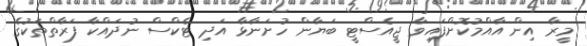
މީރާ އިން އާއްމުކޮށްފައިވާ ޖީއެސްޓީ ބަޔާން ހުށަނާޅާ އަދި ޓެކްސް ނުދައްކާ ފަރާތްތަކުގެ